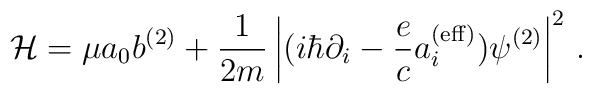
{\cal H}= \mu a_0 b^{(2)}+ {1 \over 2m}  \left|(i \hbar \partial_i - {e\over c} a_i^{({\rm eff})} )\psi^{(2)} \right|^2\,.